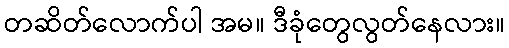
တဆိတ်လောက်ပါ အမ။ ဒီခုံတွေလွတ်နေလား။